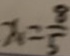
x = \frac { 8 } { 5 }